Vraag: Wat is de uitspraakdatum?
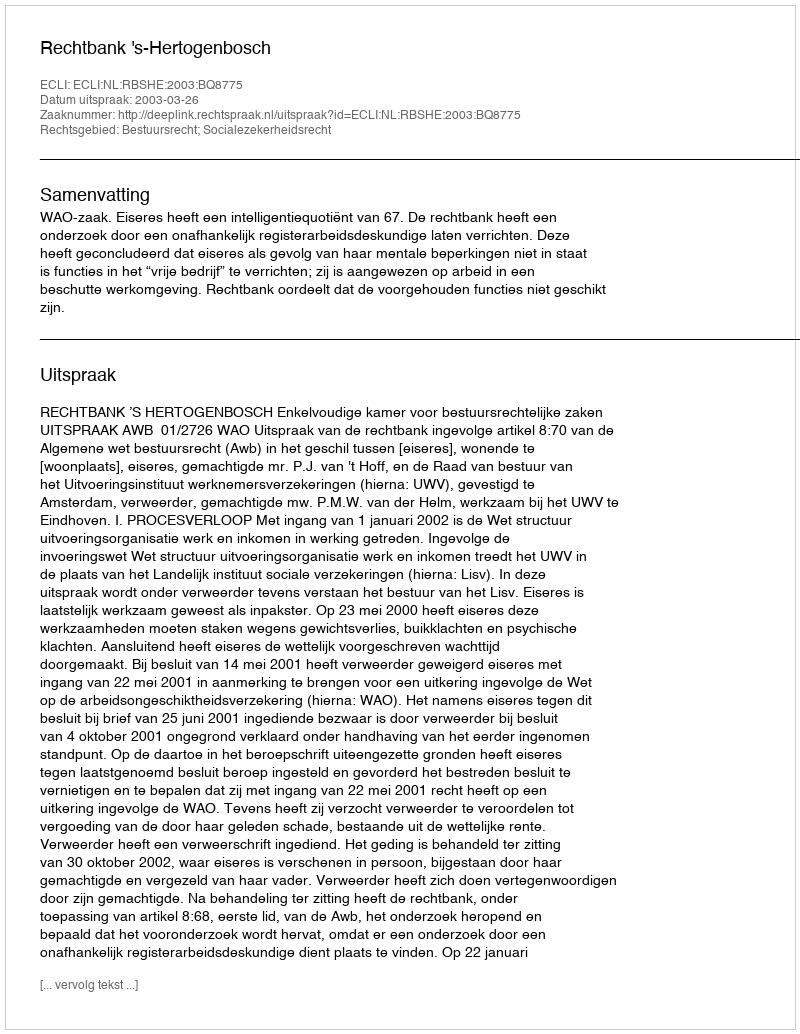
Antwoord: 2003-03-26